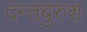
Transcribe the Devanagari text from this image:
दन्तबुरुश